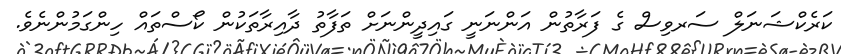
ކަރެކްޝަނަލް ސަރވިސް ގެ ފަރާތުން އަންނަނީ ގައިދީންނަށް ތަފާތު ދާއިރާތަކުން ކޯސްތައް ހިންގަމުންނެވެ.